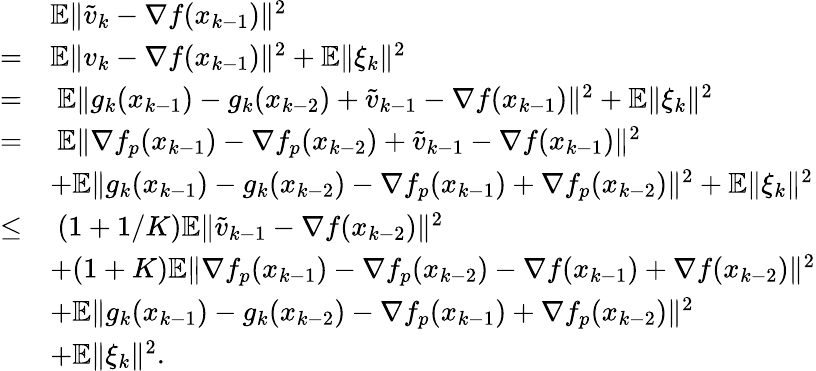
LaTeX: \begin{array}{rl}&{\mathbb{E}\| \widetilde v_{k}-\nabla f(x_{k-1})\| ^{2}}\\ {=}&{\mathbb{E}\| v_{k}-\nabla f(x_{k-1})\| ^{2}+\mathbb{E}\| \xi_{k}\| ^{2}}\\ {=}&{\ \mathbb{E}\| g_{k}(x_{k-1})-g_{k}(x_{k-2})+\widetilde v_{k-1}-\nabla f(x_{k-1})\| ^{2}+\mathbb{E}\| \xi_{k}\| ^{2}}\\ {=}&{\ \mathbb{E}\| \nabla f_{p}(x_{k-1})-\nabla f_{p}(x_{k-2})+\widetilde v_{k-1}-\nabla f(x_{k-1})\| ^{2}}\\ &{+\mathbb{E}\| g_{k}(x_{k-1})-g_{k}(x_{k-2})-\nabla f_{p}(x_{k-1})+\nabla f_{p}(x_{k-2})\| ^{2}+\mathbb{E}\| \xi_{k}\| ^{2}}\\ {\leq}&{\ (1+1/K)\mathbb{E}\| \widetilde v_{k-1}-\nabla f(x_{k-2})\| ^{2}}\\ &{+(1+K)\mathbb{E}\| \nabla f_{p}(x_{k-1})-\nabla f_{p}(x_{k-2})-\nabla f(x_{k-1})+\nabla f(x_{k-2})\| ^{2}}\\ &{+\mathbb{E}\| g_{k}(x_{k-1})-g_{k}(x_{k-2})-\nabla f_{p}(x_{k-1})+\nabla f_{p}(x_{k-2})\| ^{2}}\\ &{+\mathbb{E}\| \xi_{k}\| ^{2}.}\end{array}